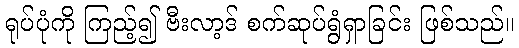
ရုပ်ပုံကို ကြည့်၍ ဗီးလာ့ဒ် စက်ဆုပ်ရွံရှာခြင်း ဖြစ်သည်။